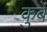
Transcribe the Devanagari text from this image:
कुर्बे